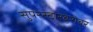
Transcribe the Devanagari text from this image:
सुपरस्टारबरोबर